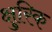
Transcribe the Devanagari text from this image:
क्षुरिक